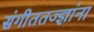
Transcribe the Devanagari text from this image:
संगीततज्ज्ञांना